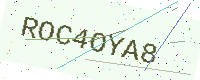
Text: ROC4OYA8